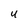
Character: U